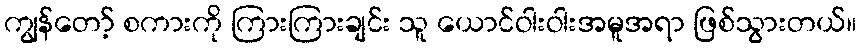
ကျွန်တော့် စကားကို ကြားကြားချင်း သူ ယောင်ဝါးဝါးအမူအရာ ဖြစ်သွားတယ်။